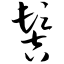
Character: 髻